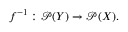
f ^ { - 1 } : { \mathcal { P } } ( Y ) \to { \mathcal { P } } ( X ) .